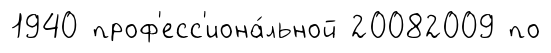
1940 проф'есс'иона́льной 20082009 по